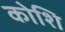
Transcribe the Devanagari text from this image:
कोशि